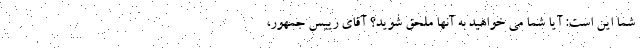
شما اين است: آيا شما می خواهيد به آنها ملحق شويد؟ آقای رييس جمهور،